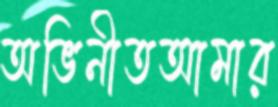
অভিনীতআমার